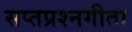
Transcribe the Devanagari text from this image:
सप्तप्रश्नगीता